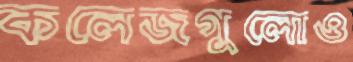
কলেজগুলোও